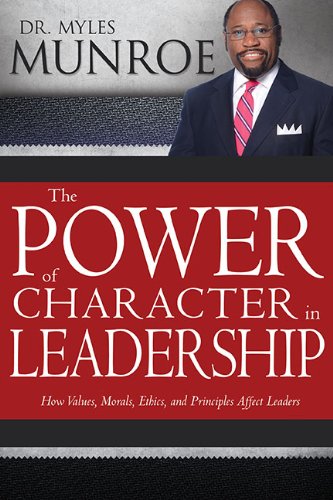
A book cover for Power Of Character In Leadership: How Values, Morals, Ethics, and Principles Affect Leaders; Myles Munroe; Christian Books & Bibles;